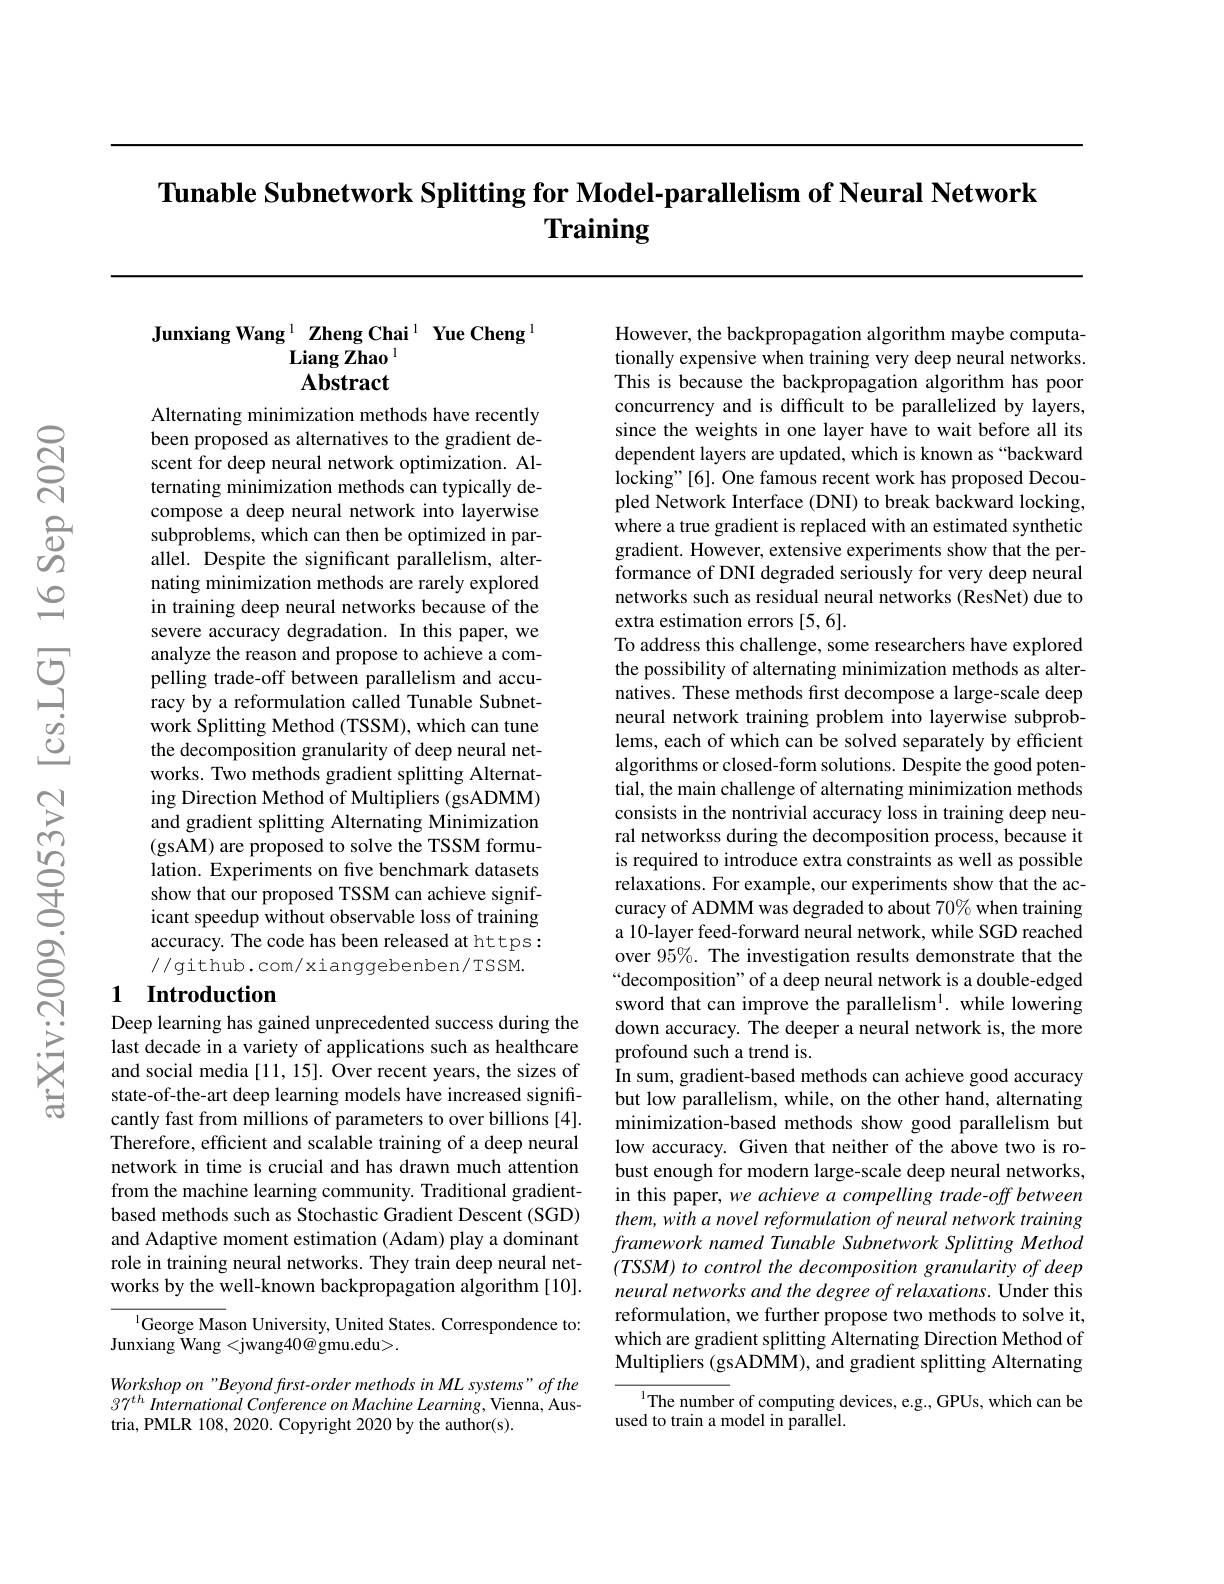
Tunable Subnetwork Splitting for Model-parallelism of Neural Network
# Training

Junxiang Wang $^{1}\textbf{Zheng Chai}^{1}\textbf{ Yue Cheng}^{1}$
### $\mathbf{LiangZhao}^{1}$ Abstract

Alternating minimization methods have recently been proposed as alternatives to the gradient descent for deep neural network optimization. Alternating minimization methods can typically decompose a deep neural network into layerwise subproblems, which can then be optimized in parallel. Despite the significant parallelism, alternating minimization methods are rarely explored in training deep neural networks because of the severe accuracy degradation. In this paper, we analyze the reason and propose to achieve a compelling trade-off between parallelism and accuracy by a reformulation called Tunable Subnetwork Splitting Method (TSSM), which can tune the decomposition granularity of deep neural networks. Two methods gradient splitting Alternating Direction Method of Multipliers (gsADMM) and gradient splitting Alternating Minimization (gsAM) are proposed to solve the TSSM formulation. Experiments on five benchmark datasets show that our proposed TSSM can achieve significant speedup without observable loss of training accuracy. The code has been released at https: //github.com/xianggebenben/TSSM.
1 Introduction

# Deep learning has gained unprecedented success during the

last decade in a variety of applications such as healthcare and social media [11, 15]. Over recent years, the sizes of state-of-the-art deep learning models have increased significantly fast from millions of parameters to over billions [4]. Therefore, efficient and scalable training of a deep neural network in time is crucial and has drawn much attention from the machine learning community. Traditional gradientbased methods such as Stochastic Gradient Descent (SGD) and Adaptive moment estimation (Adam) play a dominant role in training neural networks. They train deep neural networks by the well-known backpropagation algorithm [10].

$^{\mathrm{l}}$George Mason University, United States. Correspondence to:
Junxiang Wang <jwang40@ gmu.edu>.

Workshop on "Beyond first-order methods in ML systems" of the $37^{th}$ International Conference on Machine Learning, Vienna, Austria, PMLR 108, 2020. Copyright 2020 by the author(s).

However, the backpropagation algorithm maybe computationally expensive when training very deep neural networks. This is because the backpropagation algorithm has poor concurrency and is difficult to be parallelized by layers, since the weights in one layer have to wait before all its dependent layers are updated, which is known as “backward locking"[6]. One famous recent work has proposed Decoupled Network Interface (DNI) to break backward locking, where a true gradient is replaced with an estimated synthetic gradient. However, extensive experiments show that the performance of DNI degraded seriously for very deep neural networks such as residual neural networks (ResNet) due to extra estimation errors [5,6].
To address this challenge, some researchers have explored the possibility of alternating minimization methods as alternatives. These methods frst decompose a large-scale deep neural network training problem into layerwise subproblems, each of which can be solved separately by efficient algorithms or closed-form solutions. Despite the good potential, the main challenge of alternating minimization methods consists in the nontrivial accuracy loss in training deep neural networkss during the decomposition process, because it is required to introduce extra constraints as well as possible relaxations. For example, our experiments show that the accuracy of ADMM was degraded to about 70% when training a 10-layer feed-forward neural network, while SGD reached over 95%. The investigation results demonstrate that the “decomposition" of a deep neural network is a double-edged sword that can improve the parallelism$^1.$ while lowering down accuracy. The deeper a neural network is, the more profound such a trend is.
In sum, gradient-based methods can achieve good accuracy but low parallelism, while, on the other hand, alternating minimization-based methods show good parallelism but low accuracy. Given that neither of the above two is robust enough for modern large-scale deep neural networks, in this paper, we achieve a compelling trade-off between them, with a novel reformulation of neural network training framework named Tunable Subnetwork Splitting Method $( TSSM) \textit{ to control the decomposition granularity of deep}$ neural networks and the degree of relaxations. Under this reformulation, we further propose two methods to solve it, which are gradient splitting Alternating Direction Method of Multipliers (gsADMM), and gradient splitting Alternating
$^{1}$The number of computing devices, e.g., GPUs, which can be

used to train a model in parallel.